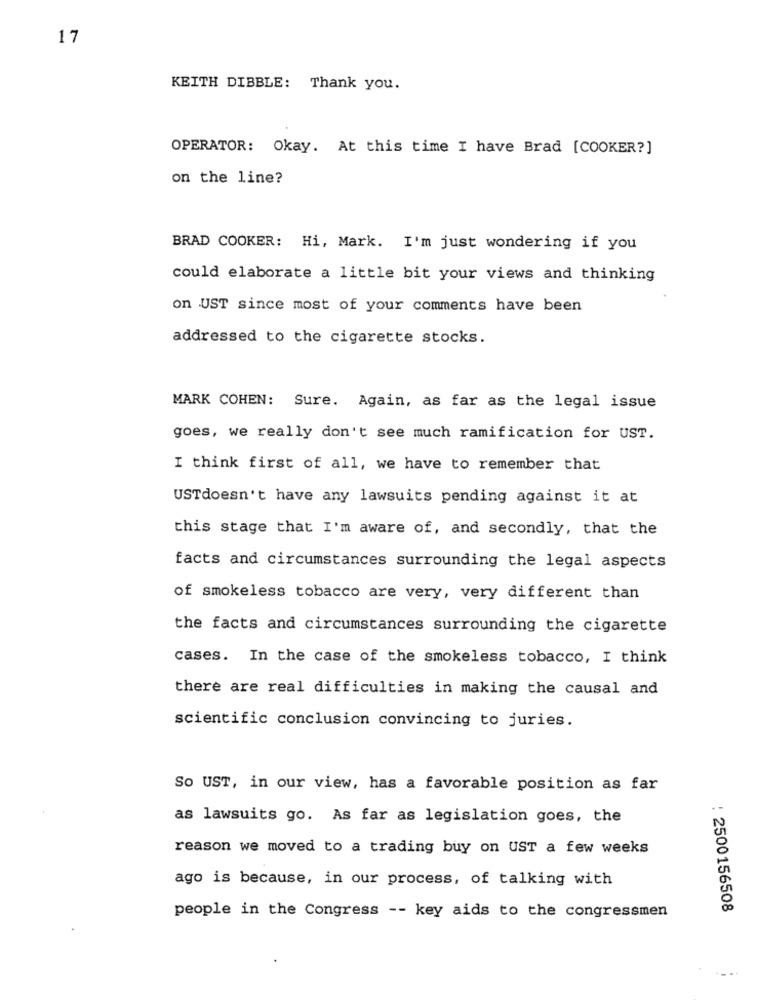
17
KEITH DIBBLE: Thank you.
OPERATOR: Okay. At this time I have Brad [COOKER?]
on the line?
BRAD COOKER: Hi, Mark. I'm just wondering if you
could elaborate a little bit your views and thinking
on UST since most of your comments have been
addressed to the cigarette stocks.
MARK COHEN: Sure. Again, as far as the legal issue
goes, we really don't see much ramification for UST.
I think first of all, we have to remember that
USTdoesn't have any lawsuits pending against it at
this stage that I'm aware of, and secondly, that the
facts and circumstances surrounding the legal aspects
of smokeless tobacco are very, very different than
the facts and circumstances surrounding the cigarette
cases. In the case of the smokeless tobacco, I think
there are real difficulties in making the causal and
scientific conclusion convincing to juries.
So UST, in our view, has a favorable position as far
as lawsuits go. As far as legislation goes, the
reason we moved to a trading buy on UST a few weeks
ago is because, in our process, of talking with
: 2500156508
people in the Congress -- key aids to the congressmen